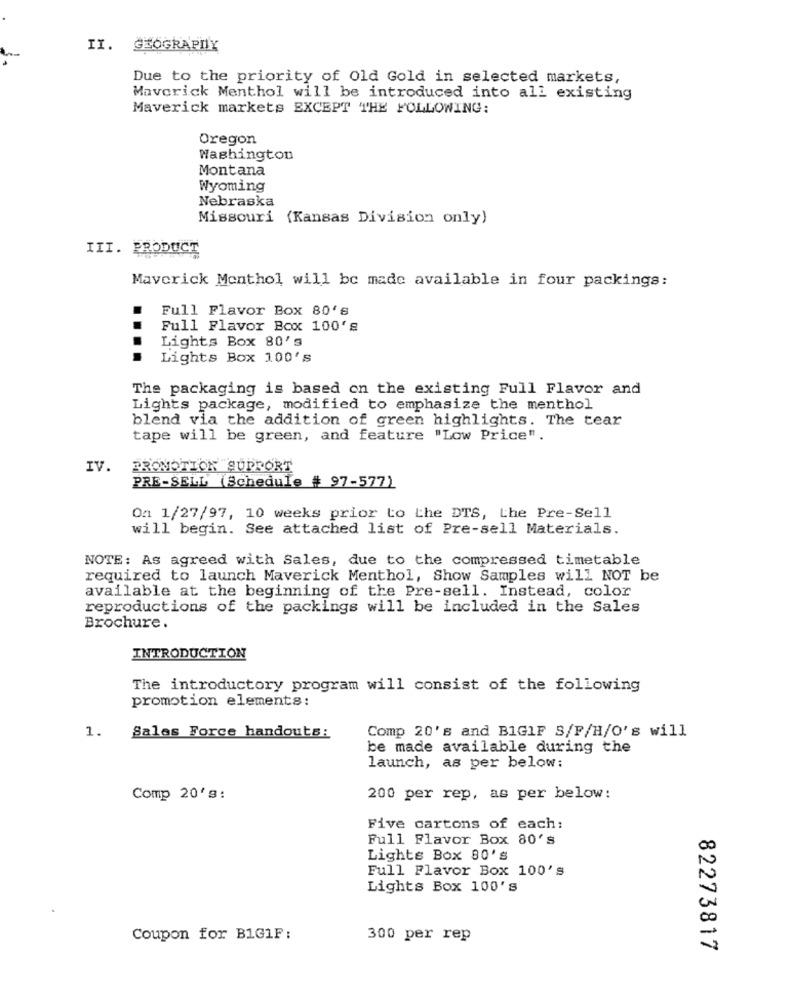
II. GEOGRAPHY
Due to the priority of Old Gold in selected markets,
Maverick Menthol will be introduced into all existing
Maverick markets EXCEPT THE FOLLOWING:
Oregon
Washington
Montana
Wyoming
Nebraska
Missouri (Kansas Division only)
III. PRODUCT
Maverick Menthol will be made available in four packings:
Full Flavor Box 80's
Full Flavor Box 100's
Lights Box 80's
Lights Box 100's
The packaging is based on the existing Full Flavor and
Lights package, modified to emphasize the menthol
blend via the addition of green highlights. The tear
tape will be green, and feature "Low Price".
IV.
PROMOTION SUPPORT
PRE-SELL (Schedule # 97-577)
On 1/27/97, 10 weeks prior to the DTS, the Pre-Sell
will begin. See attached list of Pre-sell Materials.
NOTE: As agreed with Sales, due to the compressed timetable
required to launch Maverick Menthol, Show Samples will NOT be
available at the beginning of the Pre-sell. Instead, color
reproductions of the packings will be included in the Sales
Brochure.
INTRODUCTION
The introductory program will consist of the following
promotion elements:
Comp 20's and BIGIF S/F/H/O's will
1.
Sales Force handouts:
be made available during the
launch, as per below:
Comp 20's:
200 per rep, as per below:
Five cartons of each:
Full Flavor Box 80's
Lights Box 80's
Full Flavor Box 100's
Lights Box 100's
Coupon for BIG1F :
300 per rep
82273817